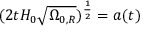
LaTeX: ( 2 t H _ { 0 } { \sqrt { \Omega _ { 0 , R } } } ) ^ { \frac { 1 } { 2 } } = a ( t )